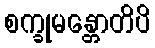
စက္ခုမန္တောတိပိ